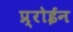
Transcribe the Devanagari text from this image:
प्र्रोईन